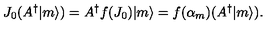
J _ { 0 } ( A ^ { \dagger } | m \rangle ) = A ^ { \dagger } f ( J _ { 0 } ) | m \rangle = f ( \alpha _ { m } ) ( A ^ { \dagger } | m \rangle ) .